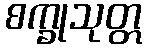
စက္ခုသုတ္တ